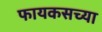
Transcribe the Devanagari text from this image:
फायकसच्या